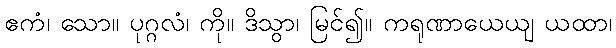
ဧကံ၊ သော။ ပုဂ္ဂလံ၊ ကို။ ဒိသွာ၊ မြင်၍။ ကရုဏာယေယျ ယထာ၊